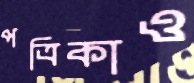
পত্রিকাও